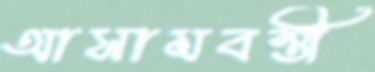
আসামবস্তী